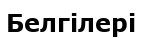
Белгілері